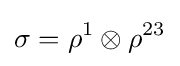
\sigma =\rho ^{1}\otimes \rho ^{23}